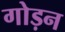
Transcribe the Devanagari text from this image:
गोड़न